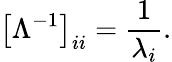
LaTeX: \left[\Lambda^{-1}\right]_{ii}={\frac{1}{\lambda_{i}}}.